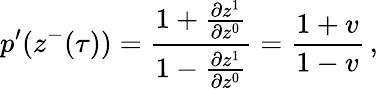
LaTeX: p^{\prime}(z^{-}(\tau))=\frac{1+\frac{\partial z^{1}}{\partial z^{0}}}{1-\frac{\partial z^{1}}{\partial z^{0}}}=\frac{1+v}{1-v}\, ,